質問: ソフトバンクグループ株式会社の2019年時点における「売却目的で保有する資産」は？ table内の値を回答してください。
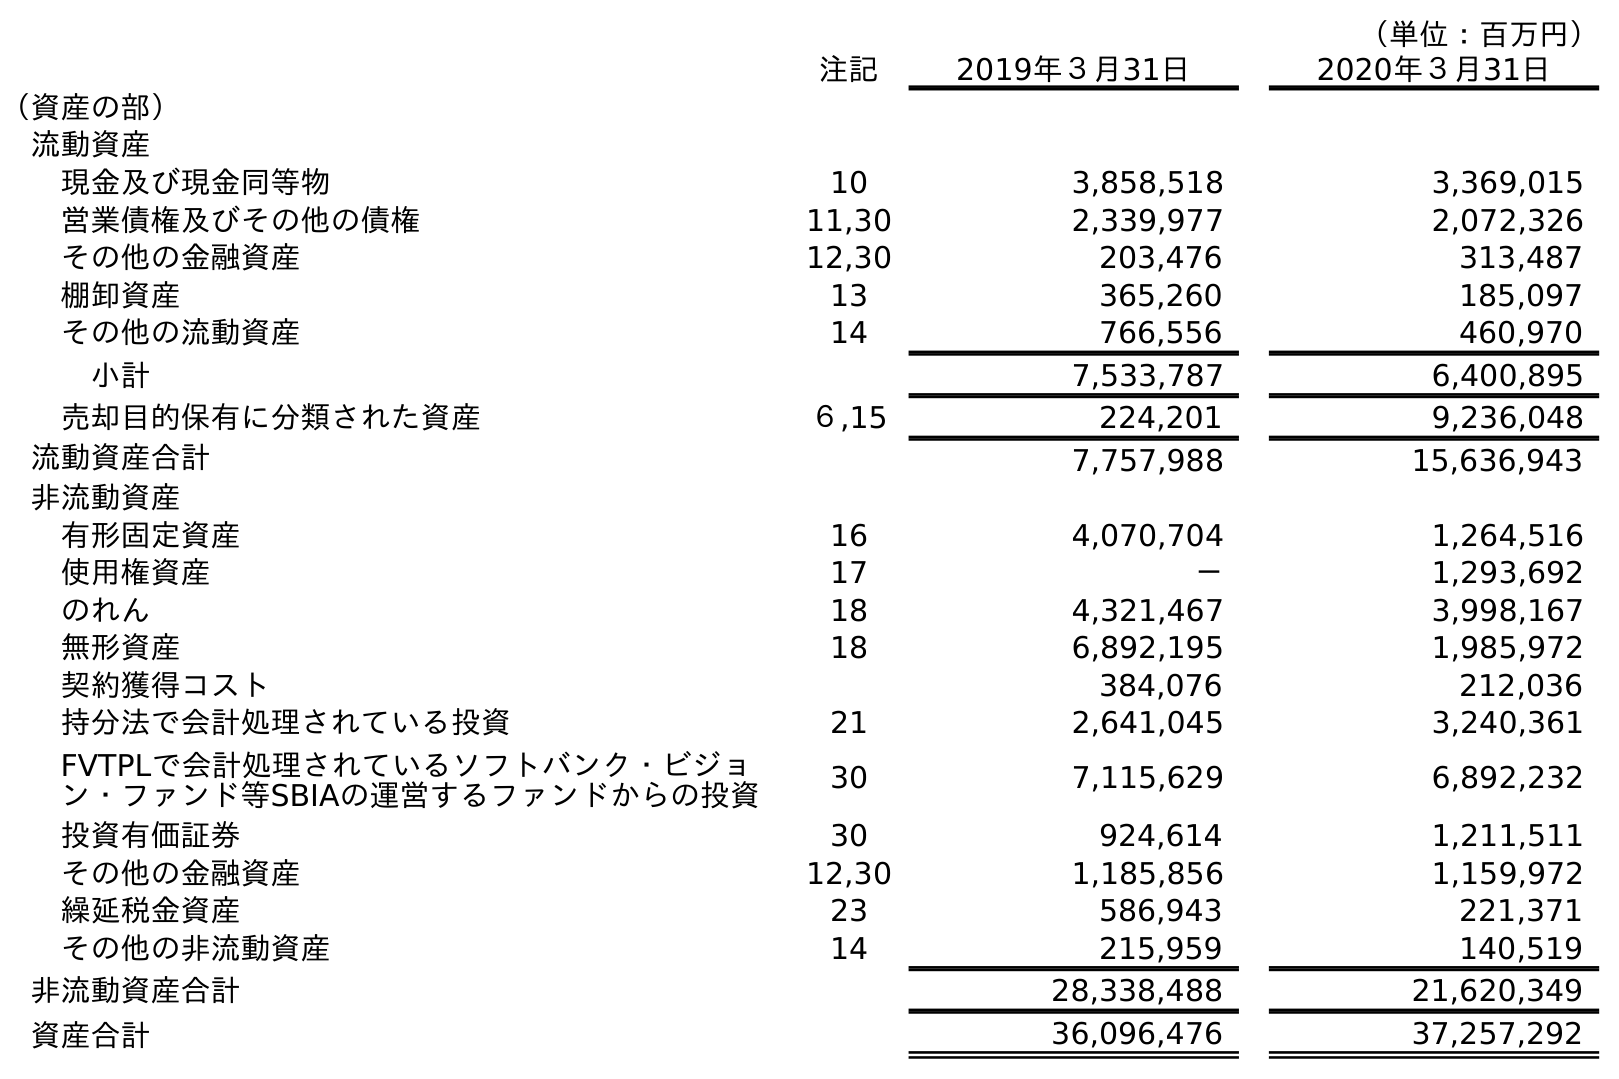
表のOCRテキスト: （単位：百万円） 注記 2019年３月31日 2020年３月31日 （資産の部） 流動資産 現金及び現金同等物 10 3,858,518 3,369,015 営業債権及びその他の債権 11,30 2,339,977 2,072,326 その他の金融資産 12,30 203,476 313,487 棚卸資産 13 365,260 185,097 その他の流動資産 14 766,556 460,970 小計 7,533,787 6,400,895 売却目的保有に分類された資産 ６,15 224,201 9,236,048 流動資産合計 7,757,988 15,636,943 非流動資産 有形固定資産 16 4,070,704 1,264,516 使用権資産 17 － 1,293,692 のれん 18 4,321,467 3,998,167 無形資産 18 6,892,195 1,985,972 契約獲得コスト 384,076 212,036 持分法で会計処理されている投資 21 2,641,045 3,240,361 FVTPLで会計処理されているソフトバンク・ビジョ ン・ファンド等SBIAの運営するファンドからの投資 30 7,115,629 6,892,232 投資有価証券 30 924,614 1,211,511 その他の金融資産 12,30 1,185,856 1,159,972 繰延税金資産 23 586,943 221,371 その他の非流動資産 14 215,959 140,519 非流動資産合計 28,338,488 21,620,349 資産合計 36,096,476 37,257,292
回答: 224,201